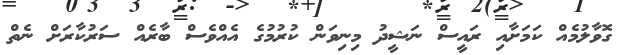
ގޮވާލުމެއް ކަމަށާއި ރައީސް ނަޝީދު މިނިވަން ކުރުމުގެ އެއްވެސް ބާރެއް ސަރުކާރަށް ނެތް